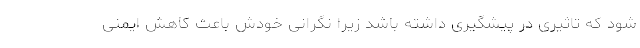
شود که تاثیری در پیشگیری داشته باشد زیرا نگرانی خودش باعث کاهش ایمنی